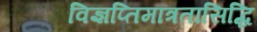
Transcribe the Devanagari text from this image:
विज्ञप्तिमात्रतासिद्धि